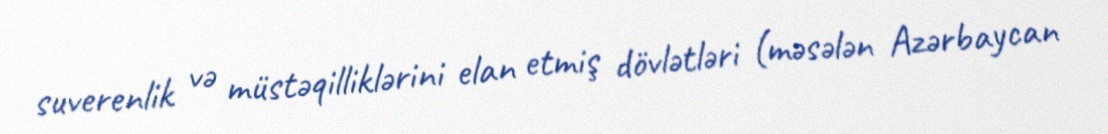
suverenlik və müstəqilliklərini elan etmiş dövlətləri (məsələn Azərbaycan